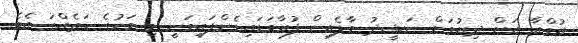
އުމްރާ އަށް ދިޔުމަށް ނަޝީދު މާލެއިން ފުރާވަޑައިގެންފައިވަނީ މި މަހުގެ ހަތެއްގަ އެވެ.